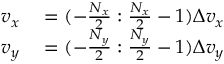
\begin{array} { r l } { v _ { x } } & { { } = ( - \frac { N _ { x } } { 2 } : \frac { N _ { x } } { 2 } - 1 ) \Delta v _ { x } } \\ { v _ { y } } & { { } = ( - \frac { N _ { y } } { 2 } : \frac { N _ { y } } { 2 } - 1 ) \Delta v _ { y } } \end{array}